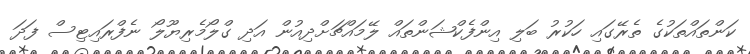
ކަންތައްތަކުގެ ތެރޭގައި ހަކުރު ބަލި އިންފެކްޝަންތައް ލޭމައްޗަށްދިއުން އަދި ގްލޯމެރިޔޫލޯ ނެފްރައިޓިސް ފަދަ